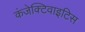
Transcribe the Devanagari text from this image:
कंजेक्टिवाइटिस